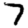
Digit: 7